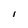
Character: I